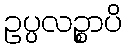
ဥပ္ပလဉ္စာပိ